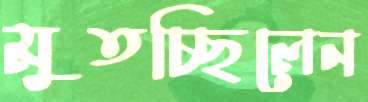
মুতচ্ছিলেন